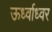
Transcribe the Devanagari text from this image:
ऊर्ध्वाध्वर